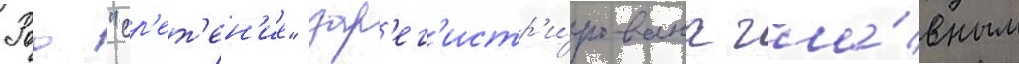
Роо "ср'ет'ен'ие" зар'ег'истр'и́рована гла́вным